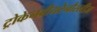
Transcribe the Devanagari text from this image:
ट्रोकेनबीयरेनौस्लीज